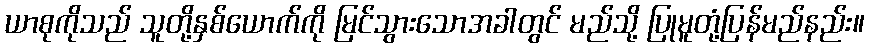
ယာစုကိုသည် သူတို့နှစ်ယောက်ကို မြင်သွားသောအခါတွင် မည်သို့ ပြုမူတုံ့ပြန်မည်နည်း။